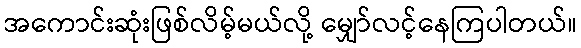
အကောင်းဆုံးဖြစ်လိမ့်မယ်လို့ မျှော်လင့်နေကြပါတယ်။